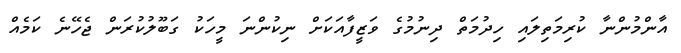
އާންމުންނާ ކުރިމަތިލައި ހިދުމަތް ދިނުމުގެ ވަޒީފާއަކަށް ނިކުންނަ މީހަކު ގަބޫލުކުރަން ޖެހޭނެ ކަމެއް